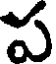
ప